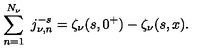
\sum _ { n = 1 } ^ { N _ { \nu } } \ j _ { \nu , n } ^ { - s } = \zeta _ { \nu } ( s , 0 ^ { + } ) - \zeta _ { \nu } ( s , x ) .